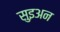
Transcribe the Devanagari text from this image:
सुइअन